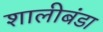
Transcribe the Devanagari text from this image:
शालीबंडा